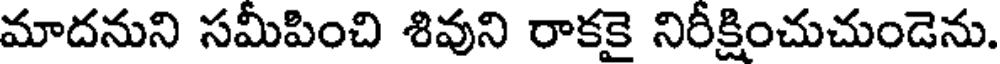
మాదనుని సమీపించి శివుని రాకకై నిరీక్షించుచుండెను.